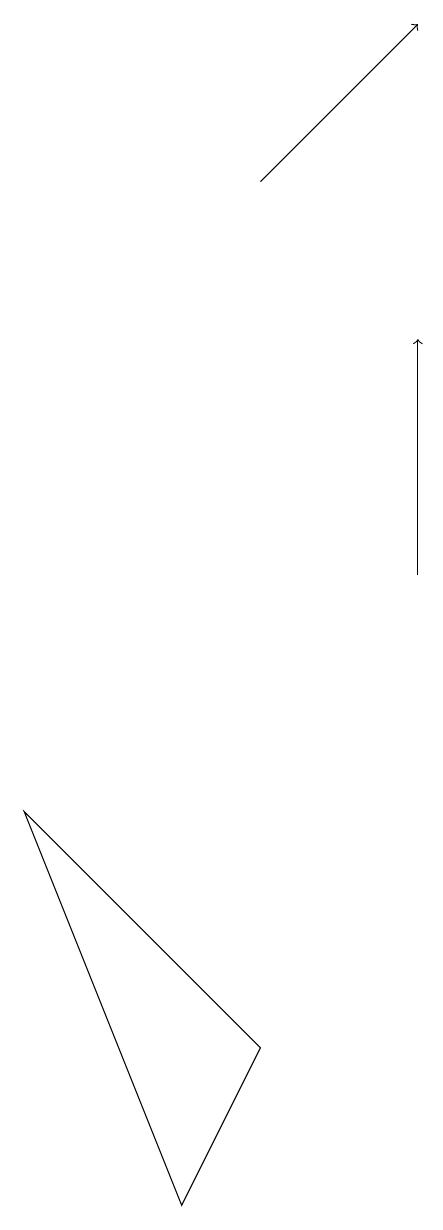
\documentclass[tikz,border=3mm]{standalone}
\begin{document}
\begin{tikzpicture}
\draw[->] (6,15) -- (8,17);
\draw[->] (8,10) -- (8,13);
\draw (3,7) -- (5,2) -- (6,4) -- cycle;
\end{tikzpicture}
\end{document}